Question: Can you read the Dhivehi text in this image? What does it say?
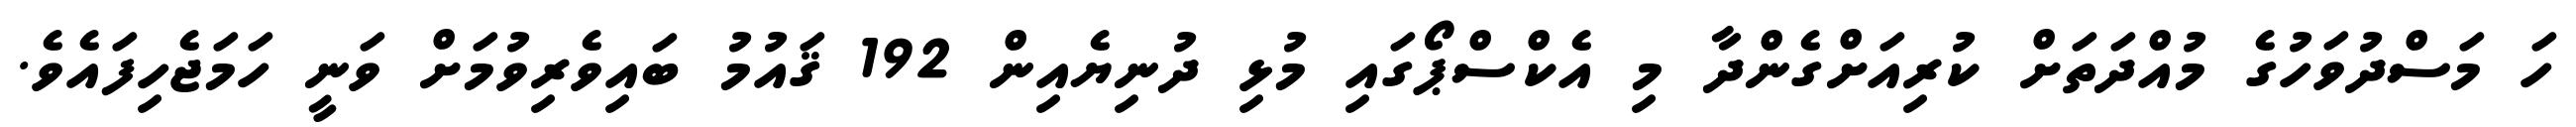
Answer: ހަ މަސްދުވަހުގެ މުއްދަތަށް ކުރިއަށްގެންދާ މި އެކްސްޕޯގައި މުޅި ދުނިޔެއިން 192 ޤައުމު ބައިވެރިވުމަށް ވަނީ ހަމަޖެހިފައެވެ.